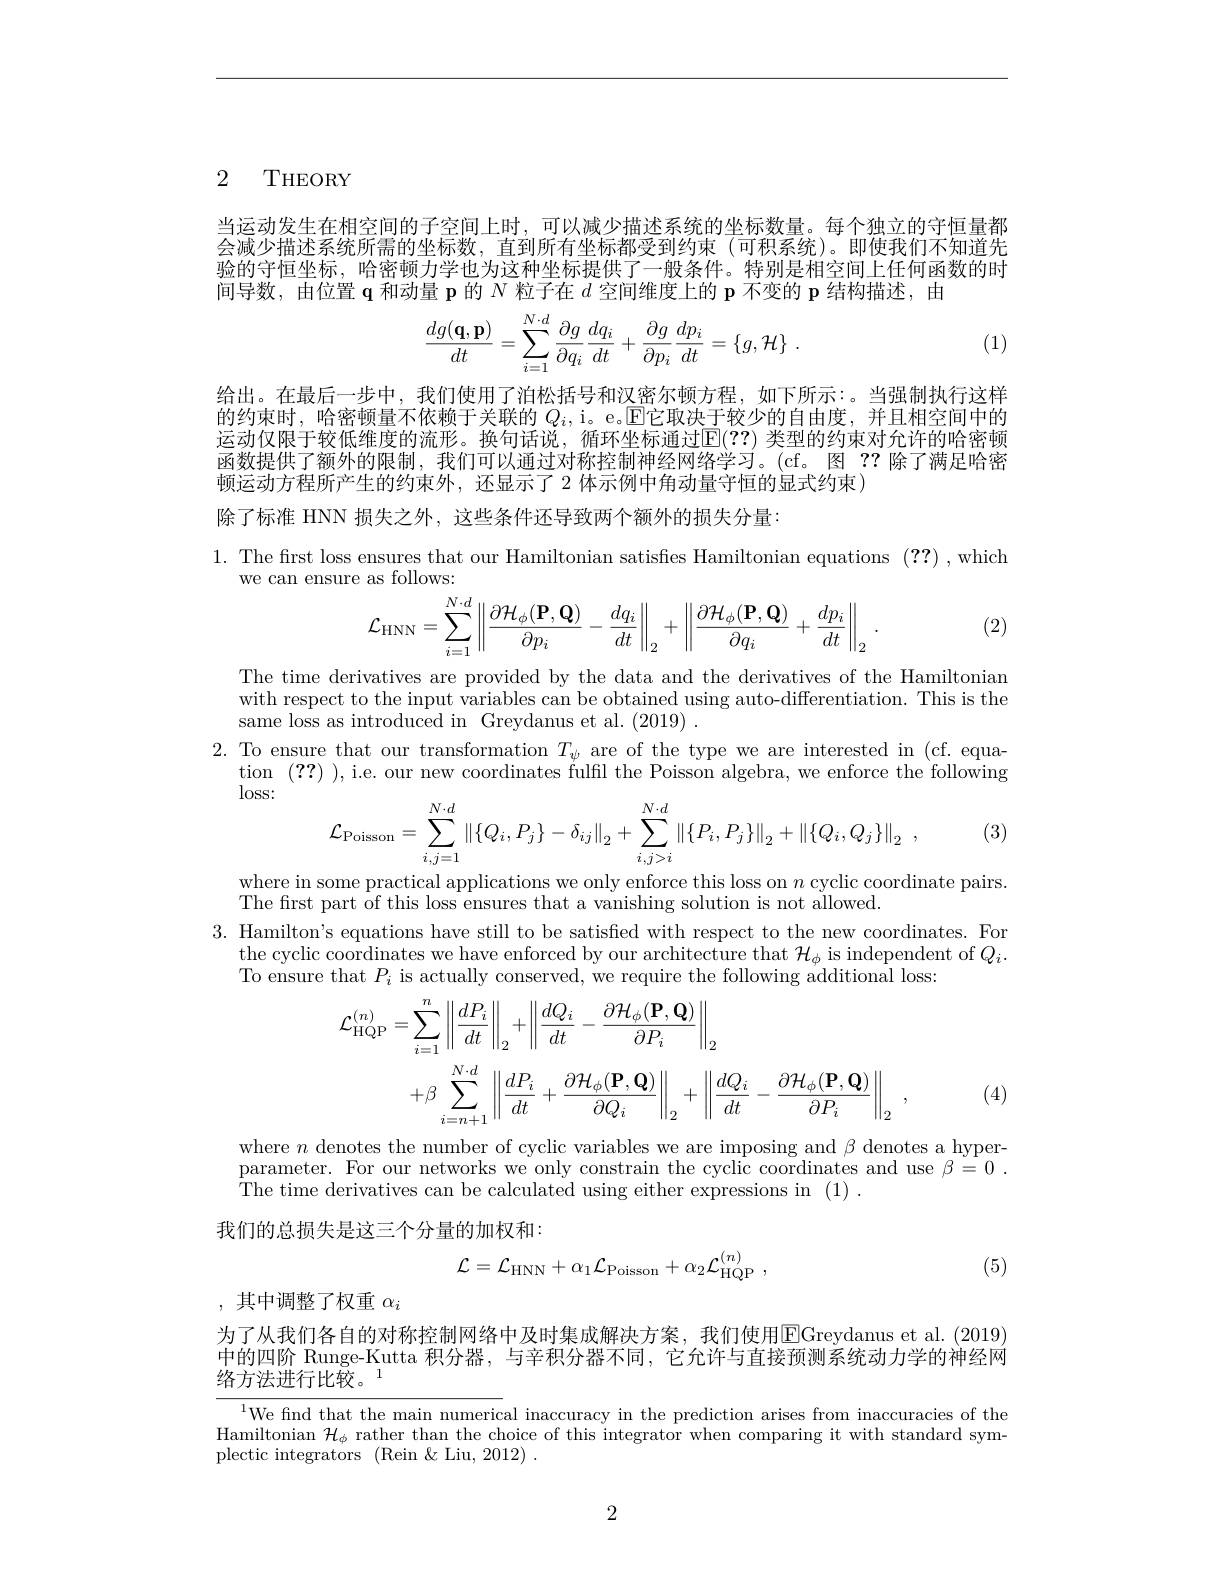
2 THEORY

当运动发生在相空间的子空间上时，可以减少描述系统的坐标数量。每个独立的守恒量都会减少描述系统所需的坐标数，直到所有坐标都受到约束(可积系统)。即使我们不知道先验的守恒坐标，哈密顿力学也为这种坐标提供了一般条件。特别是相空间上任何函数的时间导数，由位置$\mathbf{q}$和动量 p 的$N$粒子在$d$空间维度上的 p 不变的$\mathbf{p}$结构描述，由
$$\begin{aligned}\frac{dg(\mathbf{q},\mathbf{p})}{dt}=\sum_{i=1}^{N\cdot d}\frac{\partial g}{\partial q_i}\frac{dq_i}{dt}+\frac{\partial g}{\partial p_i}\frac{dp_i}{dt}=\{g,\mathcal{H}\}\:.\end{aligned}$$
(1)

给出。在最后一步中，我们使用了泊松括号和汉密尔顿方程，如下所示：。当强制执行这样的约束时，哈密顿量不依赖于关联的 $Q_i$, i。e。$\mathbb{E}$它取决于较少的自由度，并且相空间中的运动仅限于较低维度的流形。换句话说，循环坐标通过$\mathbb{E}(??)$ 类型的约束对允许的哈密顿函数提供了额外的限制，我们可以通过对称控制神经网络学习。(cf。图？?除了满足哈密顿运动方程所产生的约束外，还显示了 2 体示例中角动量守恒的显式约束)
除了标准 HNN 损失之外，这些条件还导致两个额外的损失分量：
1. The first loss ensures that our Hamiltonian satisfes Hamiltonian equations (??),which
we can ensure as follows:
$$\mathcal{L}_{\mathrm{HNN}}=\sum_{i=1}^{N\cdot d}\left\|\frac{\partial\mathcal{H}_{\phi}(\mathbf{P},\mathbf{Q})}{\partial p_{i}}-\frac{dq_{i}}{dt}\right\|_{2}+\left\|\frac{\partial\mathcal{H}_{\phi}(\mathbf{P},\mathbf{Q})}{\partial q_{i}}+\frac{dp_{i}}{dt}\right\|_{2}\:.$$
(2)

The time derivatives are provided by the data and the derivatives of the Hamiltonian with respect to the input variables can be obtained using auto-differentiation. This is the same loss as introduced in Greydanus et al. (2019) .
2. To ensure that our transformation $T_\psi$ are of the type we are interested in (cf. equa-
tion (??) ),i.e. our new coordinates fulfil the Poisson algebra, we enforce the following
$\log$SS:
$$\mathcal{L}_{\mathrm{Poisson}}=\sum_{i,j=1}^{N\cdot d}\left\|\{Q_i,P_j\}-\delta_{ij}\right\|_2+\sum_{i,j>i}^{N\cdot d}\left\|\{P_i,P_j\}\right\|_2+\left\|\{Q_i,Q_j\}\right\|_2\:,$$
(3)

where in some practical applications we only enforce this loss on $n$ cyclic coordinate pairs.
The first part of this loss ensures that a vanishing solution is not allowed.
3. Hamilton's equations have still to be satisfied with respect to the new coordinates. For
$\begin{array}{c}{\text{the cyclic coordinates we have enforced by our architecture that }\mathcal{H}_{\phi}\text{ is independent of }Q_{i}.}\end{array}$
To ensure that $P_i$ is actually conserved, we require the following additional loss:
$$\begin{aligned}\mathcal{L}_{\mathrm{HQP}}^{(n)}&=\sum_{i=1}^{n}\left\|\frac{dP_{i}}{dt}\right\|_{2}+\left\|\frac{dQ_{i}}{dt}-\frac{\partial\mathcal{H}_{\phi}(\mathbf{P},\mathbf{Q})}{\partial P_{i}}\right\|_{2}\\&+\beta\sum_{i=n+1}^{N\cdot d}\left\|\frac{dP_{i}}{dt}+\frac{\partial\mathcal{H}_{\phi}(\mathbf{P},\mathbf{Q})}{\partial Q_{i}}\right\|_{2}+\left\|\frac{dQ_{i}}{dt}-\frac{\partial\mathcal{H}_{\phi}(\mathbf{P},\mathbf{Q})}{\partial P_{i}}\right\|_{2}\:,\end{aligned}$$
(4)

where $n$ denotes the number of cyclic variables we are imposing and $\beta$ denotes a hyperparameter. For our networks we only constrain the cyclic coordinates and use $\beta=0.$ $\dot{\text{The time derivatives can be calculated using either expressions in}}$ (1) .

我们的总损失是这三个分量的加权和：
$$\mathcal{L}=\mathcal{L}_{\mathrm{HNN}}+\alpha_{1}\mathcal{L}_{\mathrm{Poisson}}+\alpha_{2}\mathcal{L}_{\mathrm{HQP}}^{(n)}\:,$$
(5)

,其中调整了权重 $\alpha_i$

为了从我们各自的对称控制网络中及时集成解决方案，我们使用$\overline{\mathrm{E}}$Greydanus et al. (2019) 中的四阶 Runge-Kutta 积分器，与辛积分器不同 , 它允许与直接预测系统动力学的神经网络方法进行比较。

$^{1}$We fnd that the main numerical inaccuracy in the prediction arises from inaccuracies of the Hamiltonian $\mathcal{H}_\phi$ rather than the choice of this integrator when comparing it with standard symplectic integrators (Rein &Liu, 2012)

2